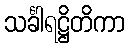
သင်္ခါရဋ္ဌိတိကာ